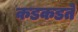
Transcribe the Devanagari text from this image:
कडकडते